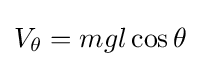
V_{\theta }=mgl\cos \theta